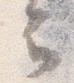
云